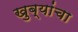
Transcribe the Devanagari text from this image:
खुब्यांचा